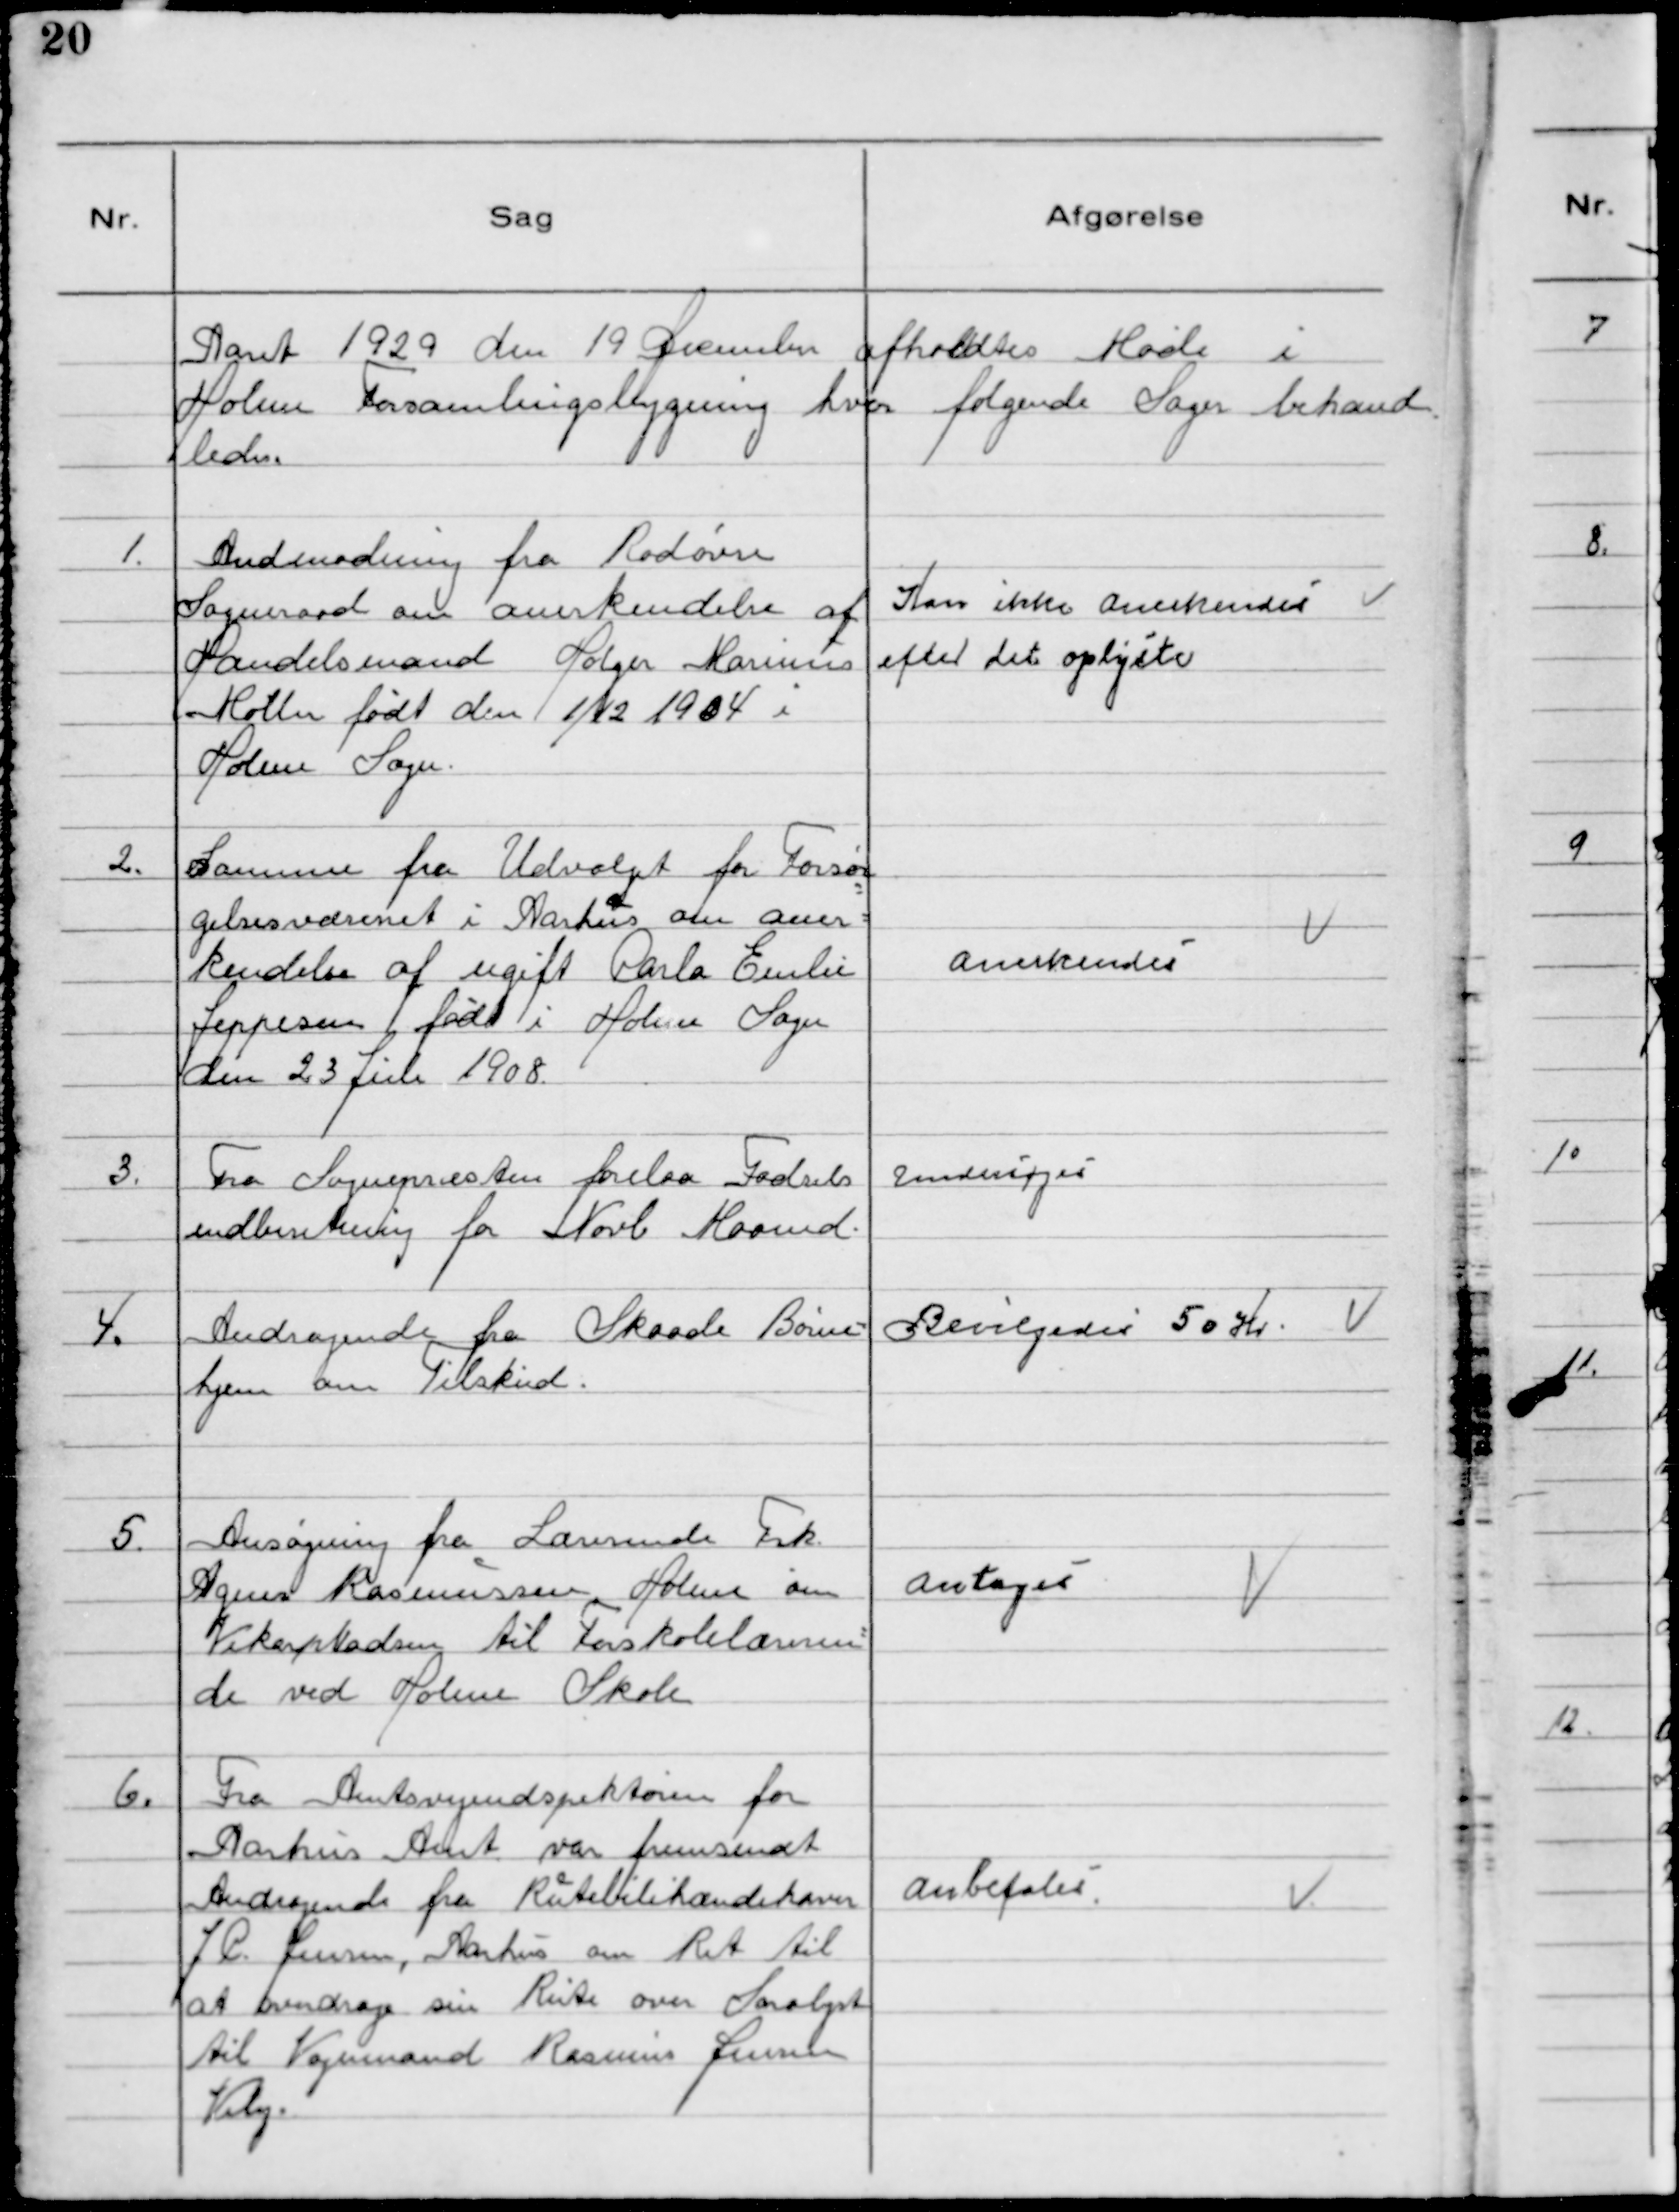
Transskription:
Aaret 1929 den 19 December afholdtes Møde i
Holme Forsamlingsbygning hvor folgende Sager behand
ledes.

1. Andmodning fra Rødovre
Sogneraad om anerkendelse af
Handelsmand Holger Marinūs
Møller født den 1/12 1904 i
Holme Sogn.

Kan ikke Anerkendeś
efter det oplýśte

2. Samme fra Udvalget for Forsør
gelsesvæsenet i Aarhus om aner-
kendelse af ugift Carla Emilie
Jeppesen født i Holme Sogn
den 23 Juli 1908.

Anerkendeś

3. Fra Sognepræsten forelaa Fodsels
indberetning for Novb Maaned.

Underśøgeś

4. Andragende fra Skaade Børne-
hjem om Tilskud.

Bevilgedeś 50 Kr.

5. Ansøgning fra Lærerinde Frk.
Agnes Rasmũssen, Holme om
Vikarpladsen til Forskolelærerin-
de ved Holme Skole

Antageś

6. Fra Amtsvejindspektøren for
Aarhus Amt var fremsendt
Andragende fra Rŭtebilihændehaver
J C Jensen, Aarhus om Ret til
at overdrage sin Rute over Saralyst
til Vognmand Rasmus Jensen
Viby.

Anbefaleś.